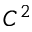
C ^ { 2 }